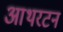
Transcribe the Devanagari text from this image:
आथरटन